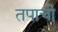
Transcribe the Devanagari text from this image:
तपाची